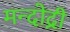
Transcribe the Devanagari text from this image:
मन्दोद्री